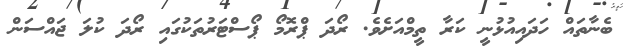
ބެނާތައް ހަދައިއުޅުނީ ކަރާ ތީމްއަށެވެ. ރޯދަ ޕްރޮމޯ ޕޯސްޓަރުތަކުގައި ރޯދަ ކުލަ ޖައްސަން